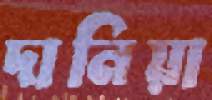
দানিয়া